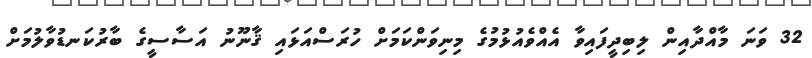
32 ވަނަ މާއްދާއިން ލިބިދީފައިވާ އެއްވެއުޅުމުގެ މިނިވަންކަމަށް ހުރަސްއަޅައި ޤާނޫނު އަސާސީގެ ބާރުކަނޑުވާލުމަށް